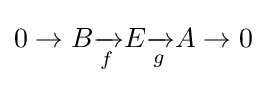
0\to B{\xrightarrow[{f}]{}}E{\xrightarrow[{g}]{}}A\to 0